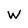
Character: W